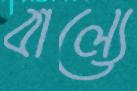
বাল্যে